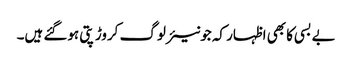
بے بسی کا بھی اظہار کہ جونیئر لوگ کروڑ پتی ہوگئے ہیں۔